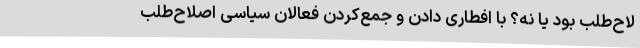
لاح‌طلب بود یا نه؟ با افطاری دادن و جمع‌کردن فعالان سیاسی اصلاح‌طلب